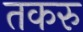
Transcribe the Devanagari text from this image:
तकरु